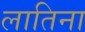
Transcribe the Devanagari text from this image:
लातिना